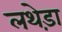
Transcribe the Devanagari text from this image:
लथेड़ा